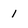
Character: 1